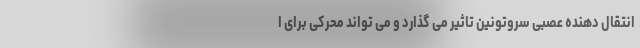
انتقال دهنده عصبی سروتونین تاثیر می گذارد و می تواند محرکی برای ا